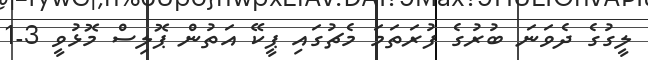
ލީގުގެ ދެވަނަ ބުރުގެ ފުރަތަމަ މެޗުގައި ޕީކޭ އަތުން ޕޮލިސް މޮޅުވީ 3-1